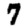
Digit: 7